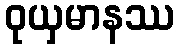
ဝုယှမာနဿ